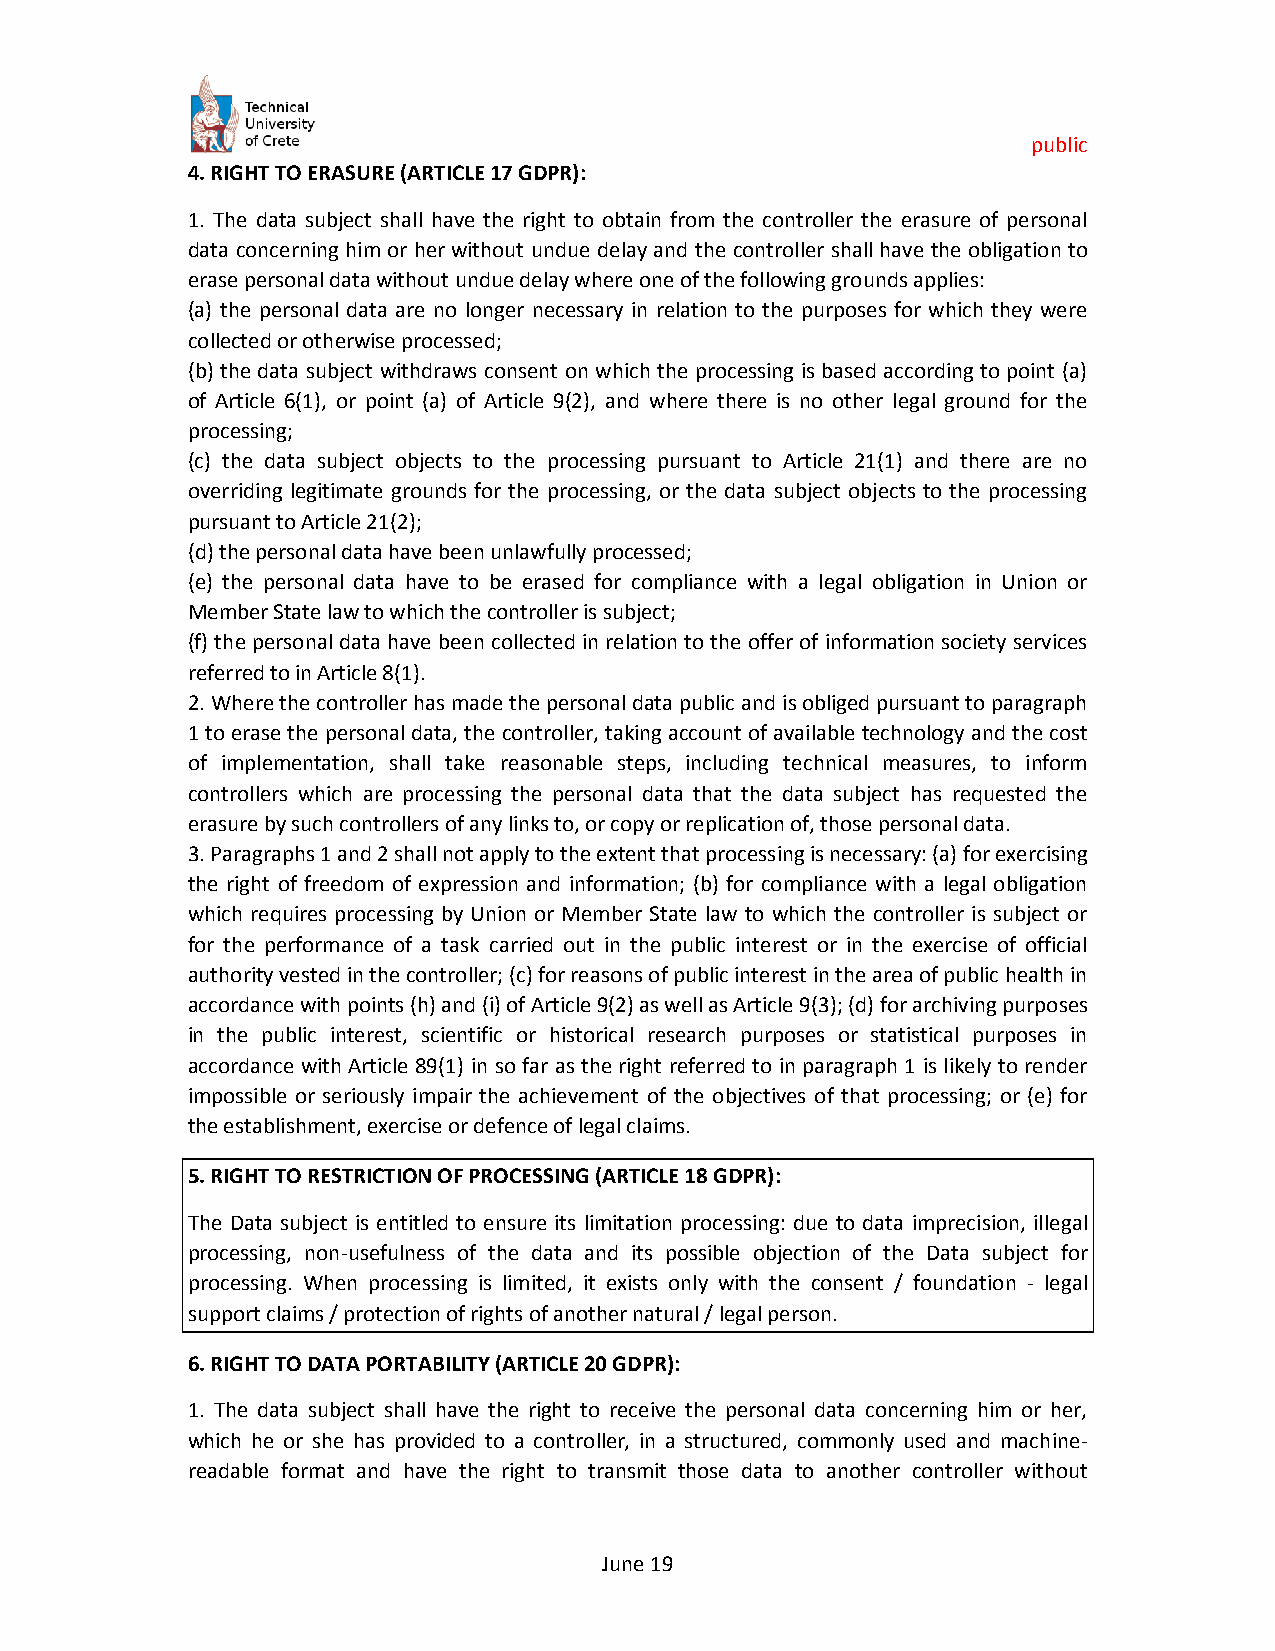
public
 4. RIGHT TO ERASURE (ARTICLE 17 GDPR):
 1. The data subject shall have the right to obtain from the controller the erasure of personal
 data concerning him or her without undue delay and the controller shall have the obligation to
 erase personal data without undue delay where one of the following grounds applies:
 (a) the personal data are no longer necessary in relation to the purposes for which they were
 collected or otherwise processed;
 (b) the data subject withdraws consent on which the processing is based according to point (a)
 of Article 6(1), or point (a) of Article 9(2), and where there is no other legal ground for the
 processing;
 (c) the data subject objects to the processing pursuant to Article 21(1) and there are no
 overriding legitimate grounds for the processing, or the data subject objects to the processing
 pursuant to Article 21(2);
 (d) the personal data have been unlawfully processed;
 (e) the personal data have to be erased for compliance with a legal obligation in Union or
 Member State law to which the controller is subject;
 (f) the personal data have been collected in relation to the offer of information society services
 referred to in Article 8(1).
 2. Where the controller has made the personal data public and is obliged pursuant to paragraph
 1 to erase the personal data, the controller, taking account of available technology and the cost
 of implementation, shall take reasonable steps, including technical measures, to inform
 controllers which are processing the personal data that the data subject has requested the
 erasure by such controllers of any links to, or copy or replication of, those personal data.
 3. Paragraphs 1 and 2 shall not apply to the extent that processing is necessary: (a) for exercising
 the right of freedom of expression and information; (b) for compliance with a legal obligation
 which requires processing by Union or Member State law to which the controller is subject or
 for the performance of a task carried out in the public interest or in the exercise of official
 authority vested in the controller; (c) for reasons of public interest in the area of public health in
 accordance with points (h) and (i) of Article 9(2) as well as Article 9(3); (d) for archiving purposes
 in the public interest, scientific or historical research purposes or statistical purposes in
 accordance with Article 89(1) in so far as the right referred to in paragraph 1 is likely to render
 impossible or seriously impair the achievement of the objectives of that processing; or (e) for
 the establishment, exercise or defence of legal claims.
 5. RIGHT TO RESTRICTION OF PROCESSING (ARTICLE 18 GDPR):
 The Data subject is entitled to ensure its limitation processing: due to data imprecision, illegal
 processing, non-usefulness of the data and its possible objection of the Data subject for
 processing. When processing is limited, it exists only with the consent / foundation - legal
 support claims / protection of rights of another natural / legal person.
 6. RIGHT TO DATA PORTABILITY (ARTICLE 20 GDPR):
 1. The data subject shall have the right to receive the personal data concerning him or her,
 which he or she has provided to a controller, in a structured, commonly used and machine-
 readable format and have the right to transmit those data to another controller without
 June 19